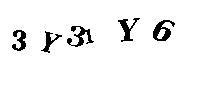
3Y31Y6